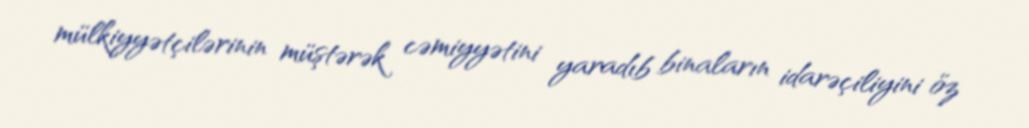
mülkiyyətçilərinin müştərək cəmiyyətini yaradıb binaların idarəçiliyini öz